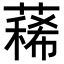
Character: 𦻎